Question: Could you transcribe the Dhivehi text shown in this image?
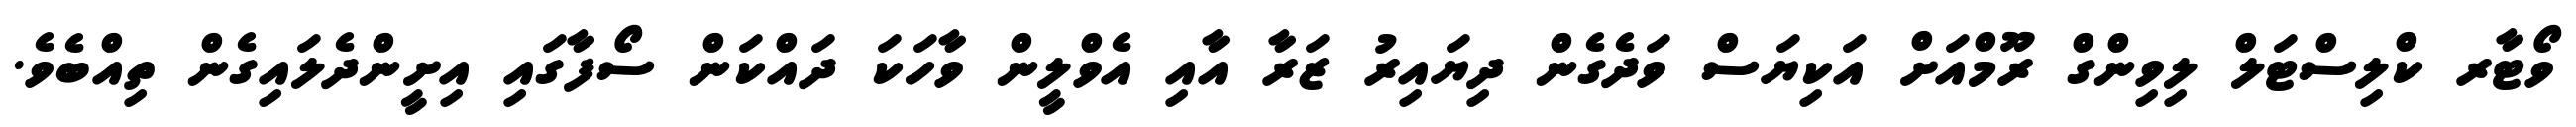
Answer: ވޯޓާރ ކްލިސްޓަލް ލިވިންގް ރޫމްއަށް އަކިޔަސް ވަދެގެން ދިޔައިރު ޒަރާ އާއި އެވްލީން ވާހަކަ ދައްކަން ސޯފާގައި އިށީންދެލައިގެން ތިއްބެވެ.